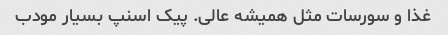
غذا و سورسات مثل همیشه عالی. پیک اسنپ بسیار مودب